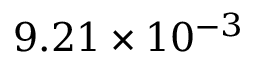
9 . 2 1 \times 1 0 ^ { - 3 }